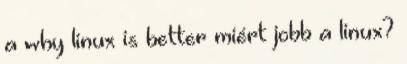
a why linux is better miért jobb a linux?